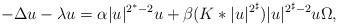
LaTeX: \begin{align*}-\Delta u-\lambda u=\alpha |u|^{2^*-2}u+\beta (K\ast |u|^{2^\sharp}) |u|^{2^\sharp -2}u \Omega,\end{align*}